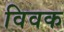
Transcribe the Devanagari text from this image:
विवक